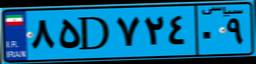
۸۵D۷۲۴۰۹